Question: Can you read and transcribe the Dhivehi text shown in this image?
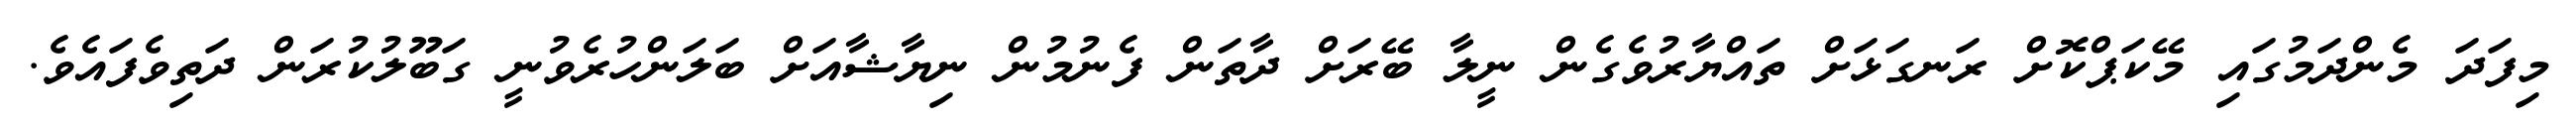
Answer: މިފަދަ މެންދަމުގައި މޭކަޕްކޮށް ރަނގަޅަށް ތައްޔާރުވެގެން ނީލާ ބޭރަށް ދާތަން ފެނުމުން ނިޔާޝާއަށް ބަލަންހުރެވުނީ ގަބޫލުކުރަން ދަތިވެފައެވެ.